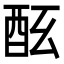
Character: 𨠀